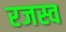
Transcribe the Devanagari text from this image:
रजस्व